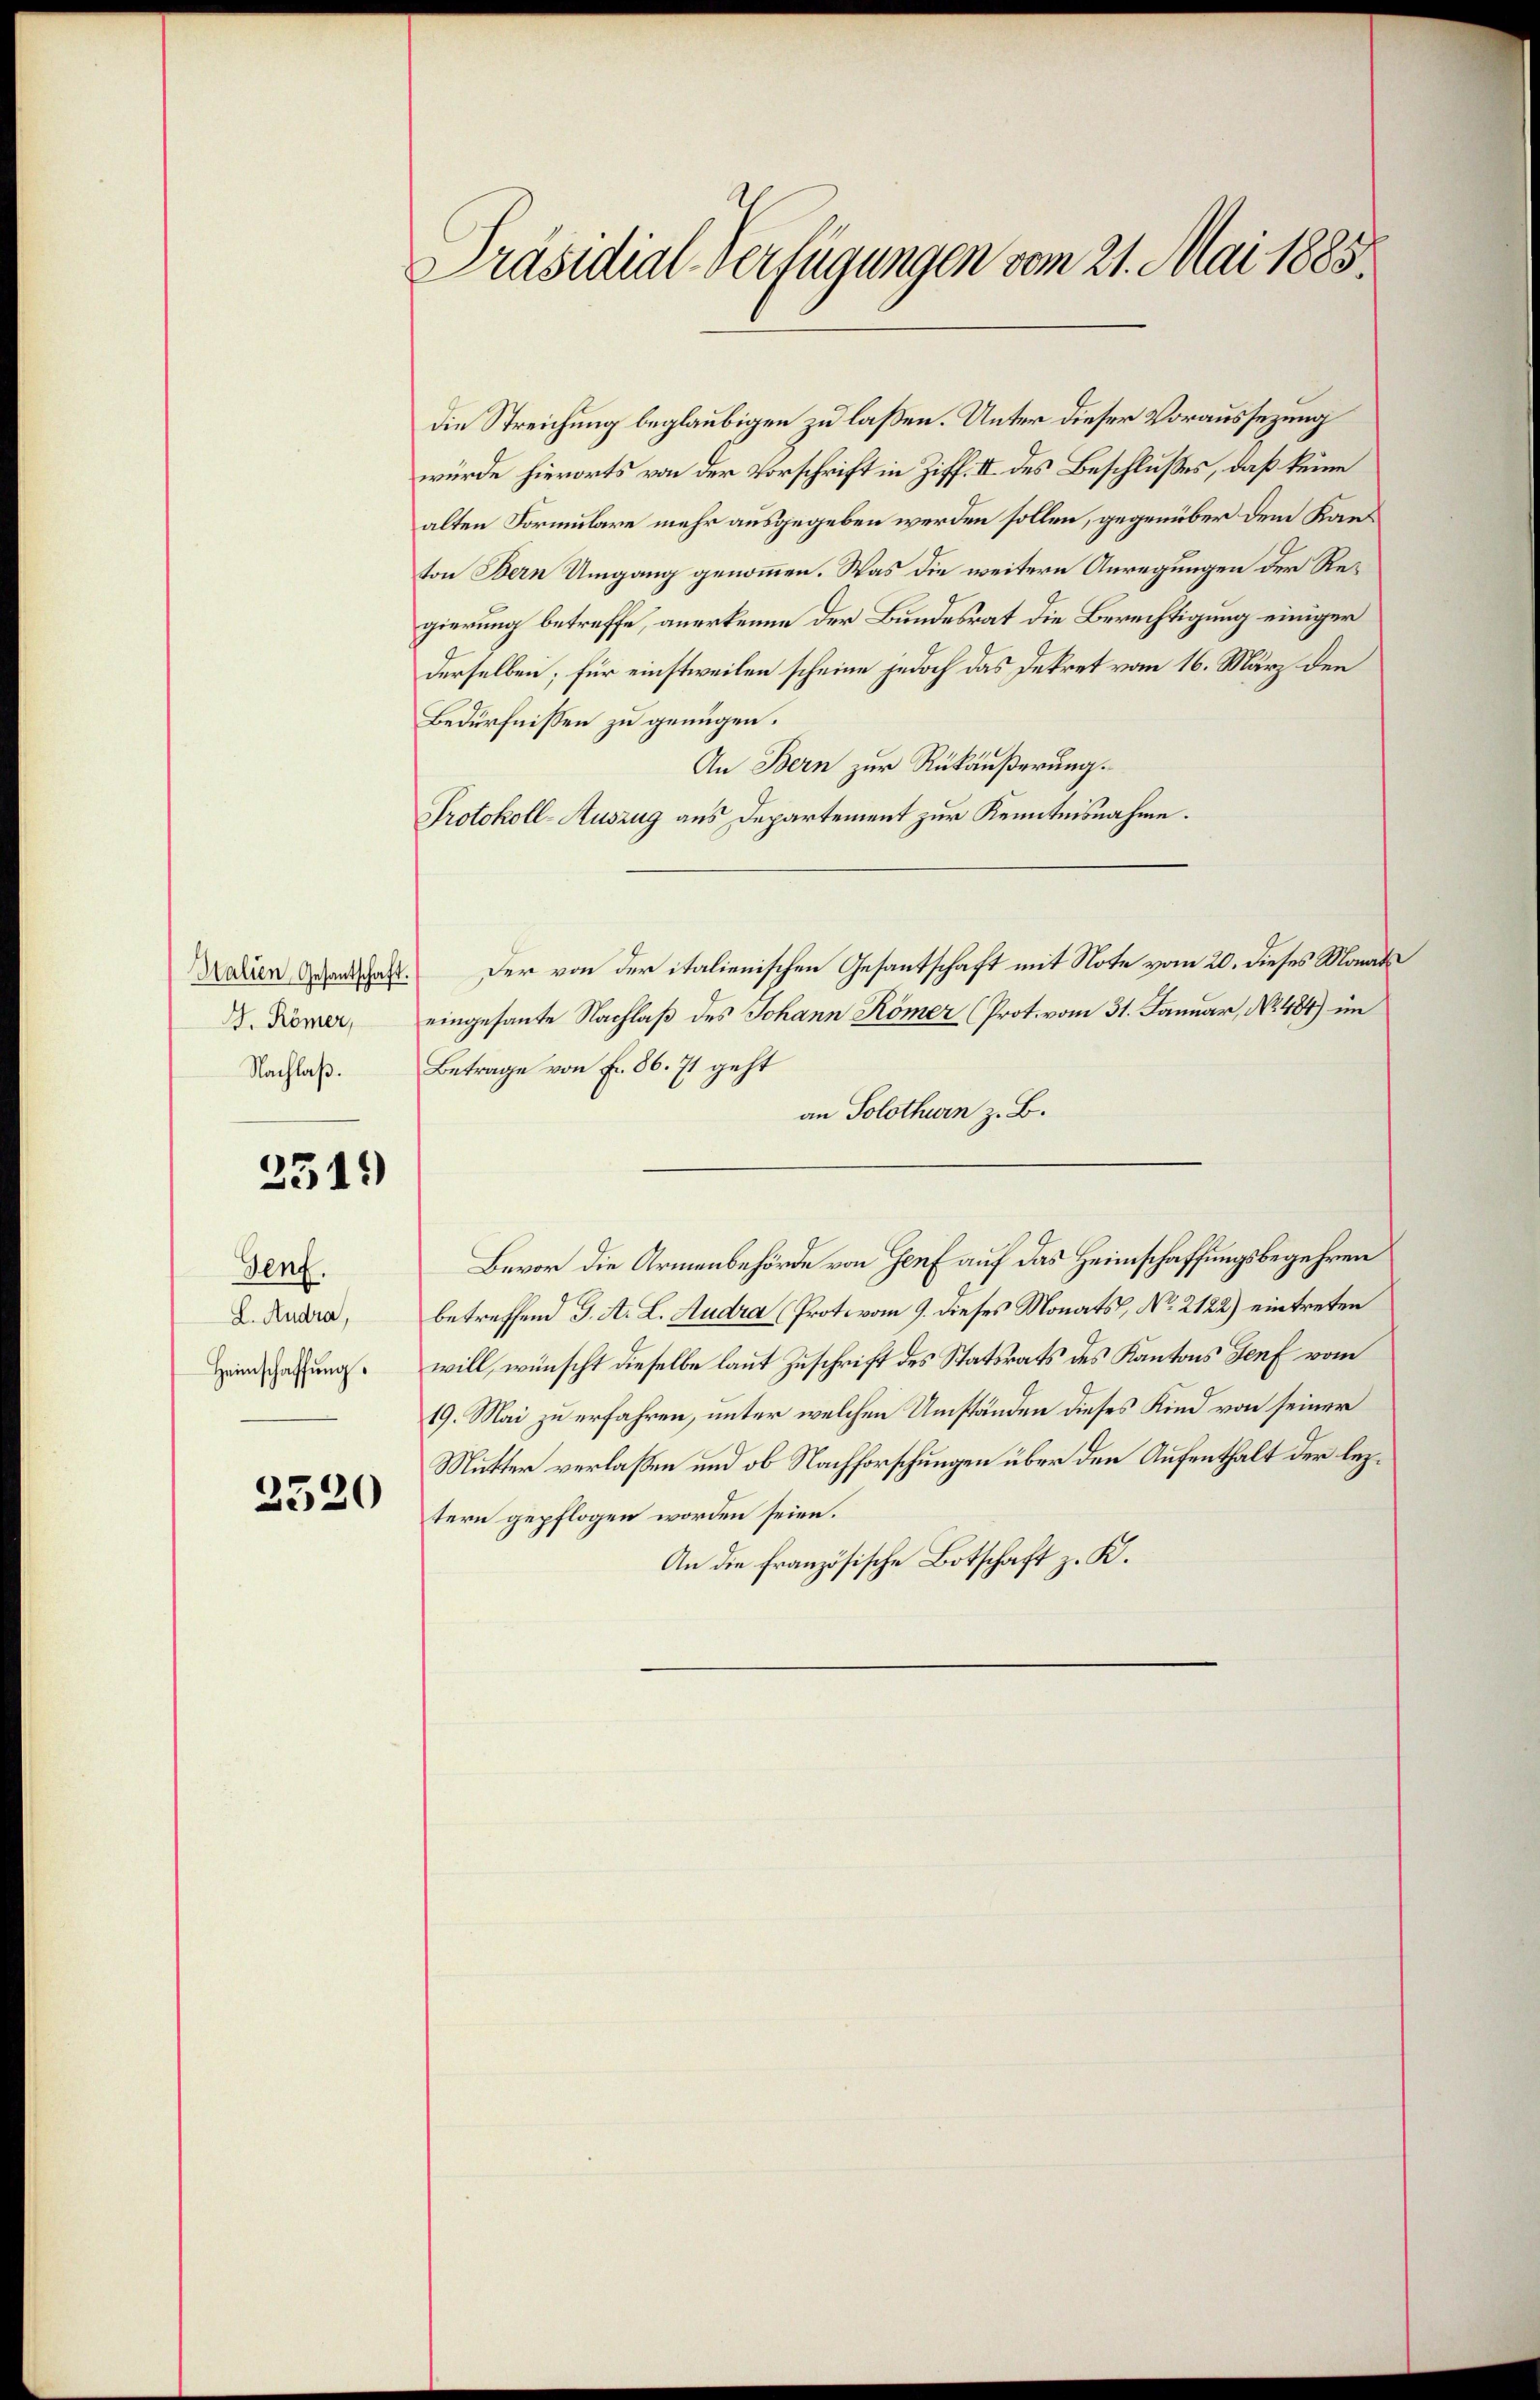
H. Römer,
Nachlaß.

2319)

Genf.
L. Andra,
Heimschaffung.

2520

Präsidial-Verfügungen vom 21. Mai 1885

die Streichung beglaubigen zu laßen. Unter dieser Voraussezung
würde hierorts von der Vorschrift in Ziff. II des Beschlußes, daß keine
alten Formulare mehr ausgegeben werden sollen, gegenüber dem Kanton Bern Umgang genommen. Was die weitere Anregungen der Regierung betreffe, anerkenne der Bundesrat die Berechtigung einiger
derselben; für einstweilen scheine jedoch das Dekret vom 16. März den
Bedürfnissen zu genügen.
An Bern zur Rükäußerung.
Protokoll-Auszug aus Departement zur Kenntnisnahme.
Daren Menschaft. Der von der italienischen Gesantschaft mit Note vom 20. dieses Monats
eingesante Nachlaß des Johann Römer (Prot. vom 31. Januar, No 484) im
Betrage von Fr. 86. 71 geht
an Solothurn z. B.
Bevor die Armenbehörde von Genf auf das Heimschaffungsbegehren
betreffend J. A. L. Andra (Protovom 9. dieses Monats, No 2122) eintreten
will, wünscht dieselbe laut Zuschrift des Statsrats des Kantons Genf vom
19. Mai zu erfahren, unter welchen Umständen dieses Kind von seiner
Mutter verlassen und ob Nachforschungen über den Aufenthalt der leztern gepflogen worden seien.
An die französische Botschaft z. K.